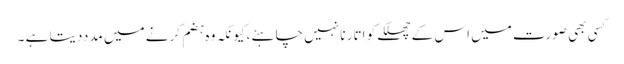
کسی بھی صورت میں اس کے چھلکے کو اتار نا نہیں چاہئے ،کیونکہ وہ ہضم کرنے میں مدددیتا ہے ۔